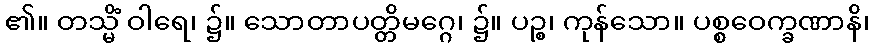
၏။ တသ္မိံ ဝါရေ၊ ၌။ သောတာပတ္တိမဂ္ဂေ၊ ၌။ ပဉ္စ၊ ကုန်သော။ ပစ္စဝေက္ခဏာနိ၊